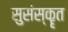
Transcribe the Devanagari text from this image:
सुसंस्कॄत